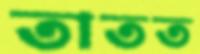
তাতত